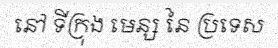
នៅ ទីក្រុង មេន្ស នៃ ប្រទេស